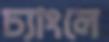
চ্যাংলে